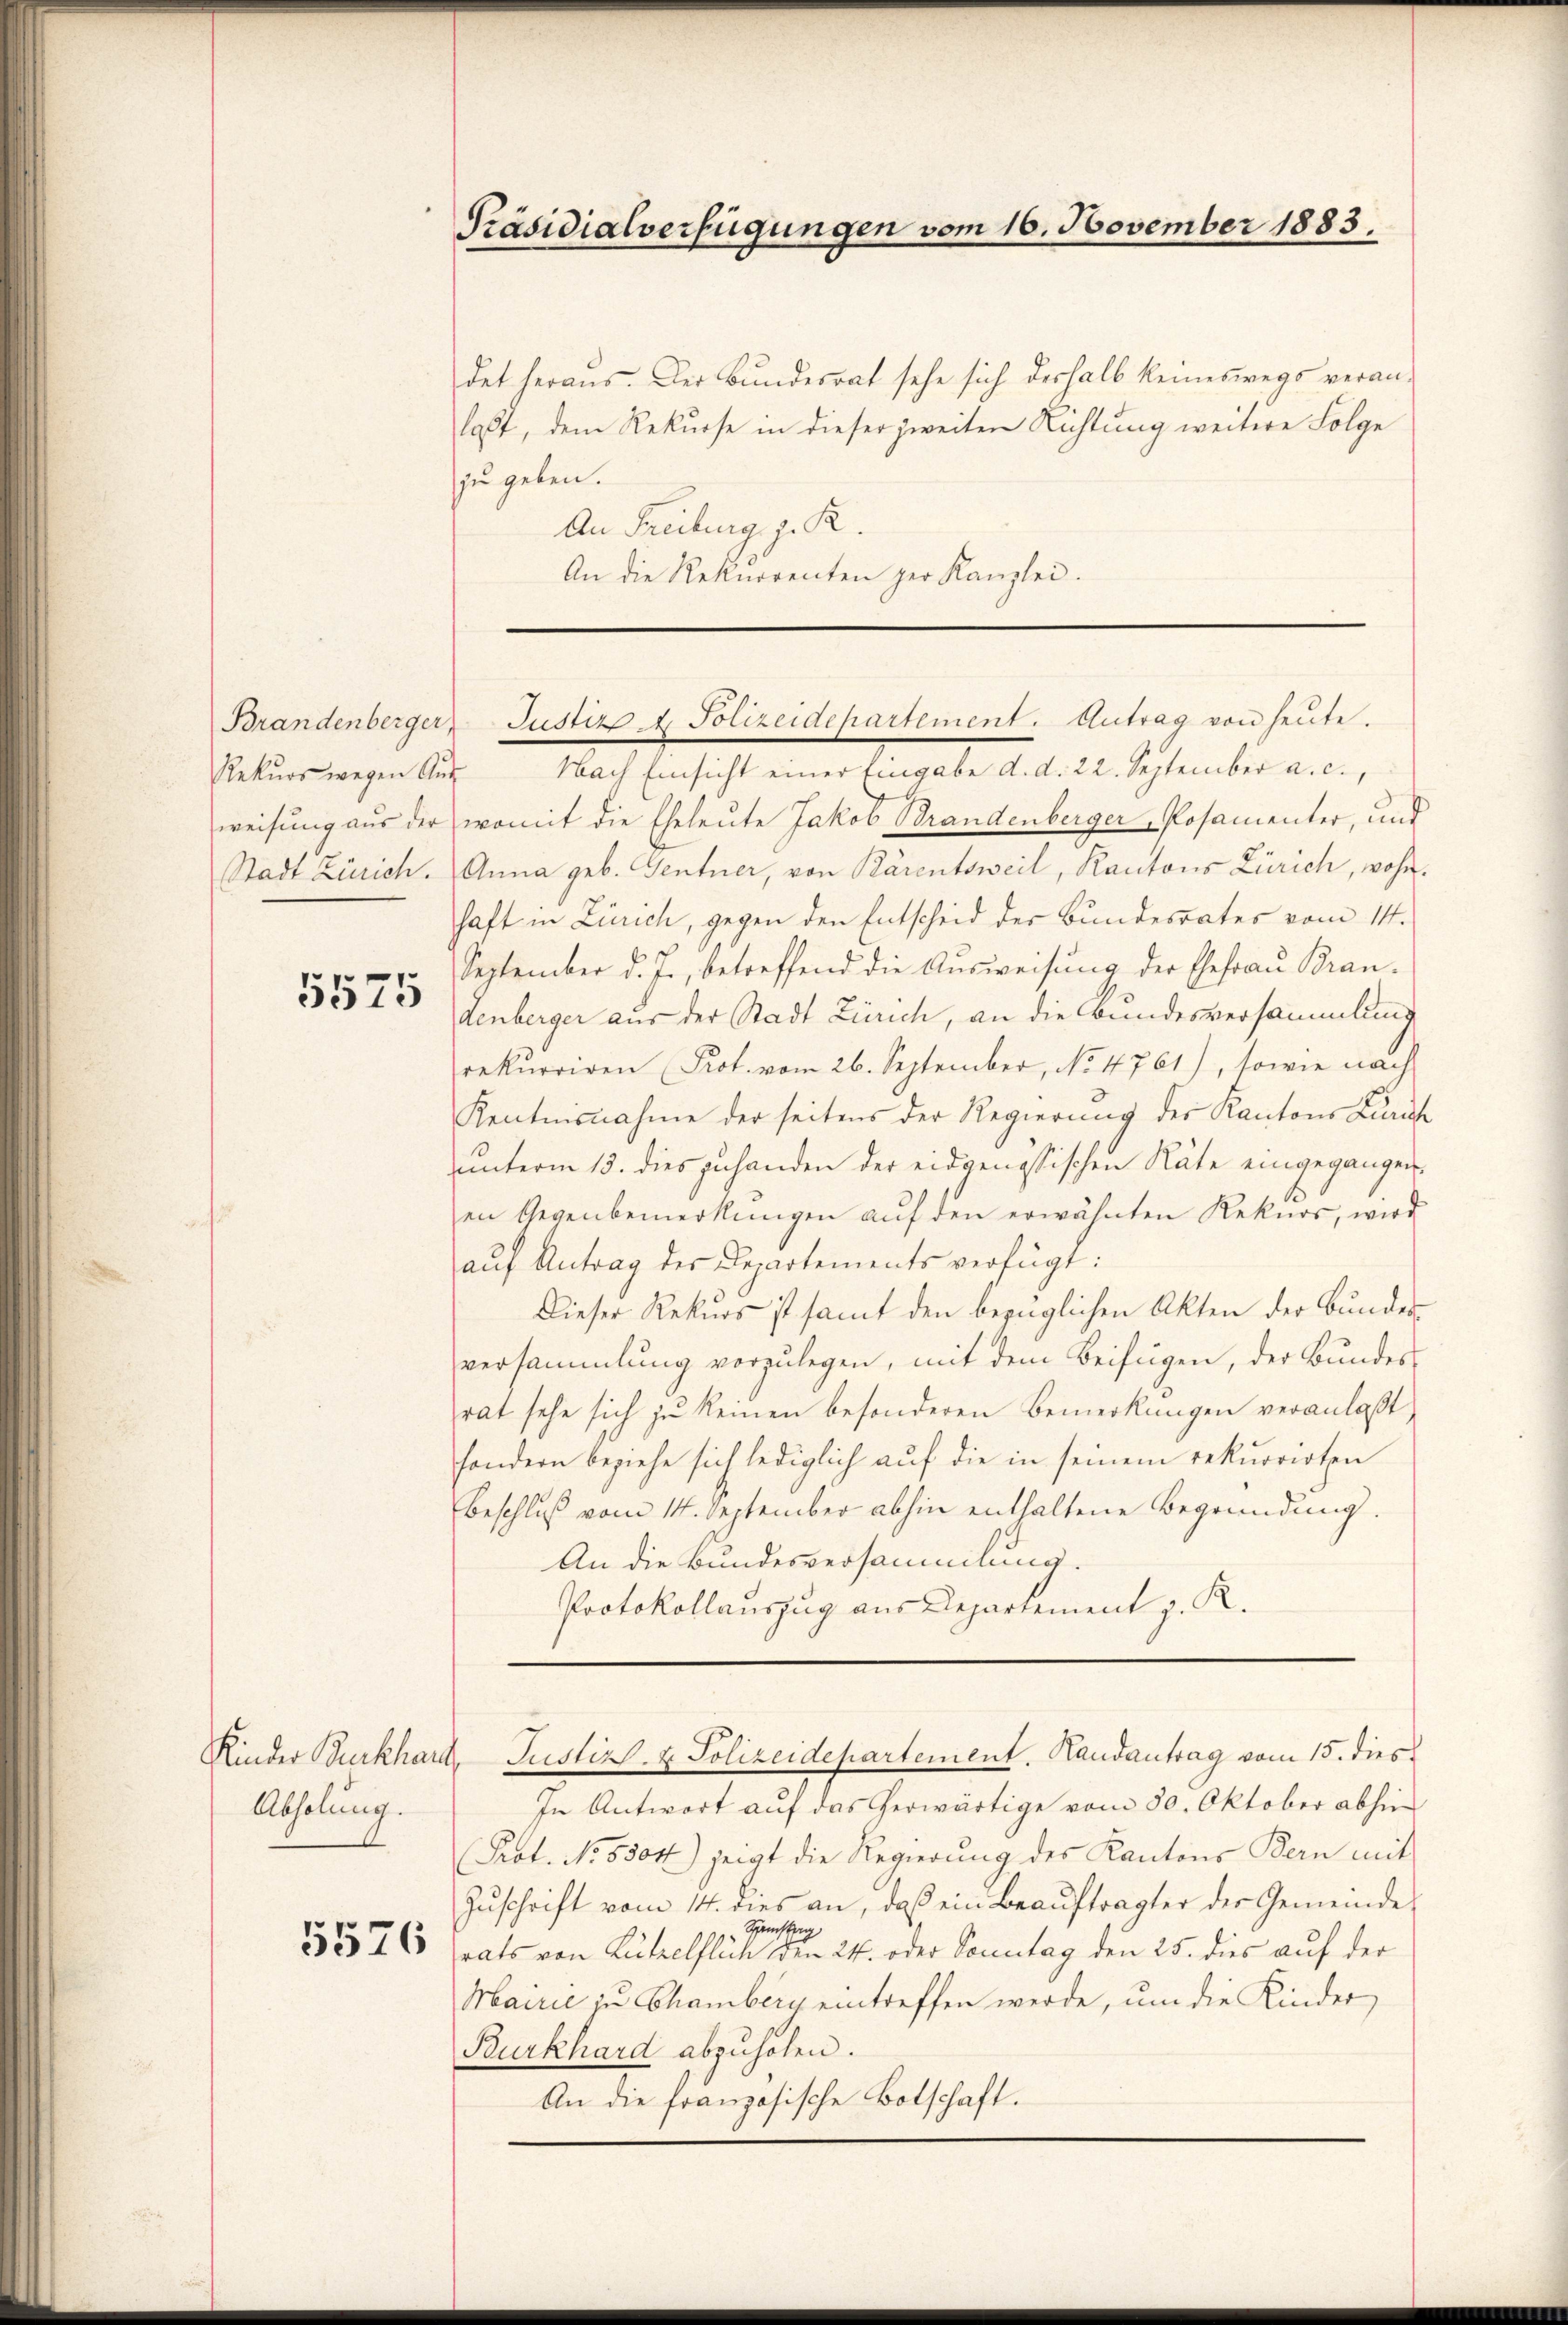
Rekŭrs wegen Aŭs-

5575

Kinder Burkhard,
Abholung.
5576

Präsidialverfügungen vom 16. November 1883.

det heraus. Der Bundesrat sehe sich deshalb keineswegs veranlaßt, dem Rekurse in dieser zweiten Richtung weitere Folge
zu geben.
An Freiburg z. R.
An die Rekurrenten der Kanzlei.

Nach Einsicht einer Eingabe d. d. 22. September a. c.,
weisung aus der womit die Eheleute Jakob Brandenberger, Posamenter, und
Stadt Zürich. Anna geb. Gentner, von Bärentsweil, Kantons Zürich, wohnhaft in Zürich, gegen den Entscheid der Bundesrates vom 14.
September d. J., betreffend die Ausweisung der Ehefrau Brandenberger aus der Stadt Zürich, an die Bundesversammlung
rekurriren Prot. vom 26. September, No 4761), sowie nach
Kentensnahme der seitens der Regierung des Kantons Zürich
unterm 13. dies zuhanden der eidgenössischen Räte eingegangen
en Gegenbemerkŭngen aŭf den erwähnten Rekurs, wird
aŭf Antrag des Departements verfügt:
Dieser Rekurs ist samt den bezüglichen Akten der Bundes-
versammlung vorzulegen, mit dem Beifügen, der Bundesrat sehe sich zu keinen besonderen Bemerkungen veranlaßt,
sondern beziehe sich lediglich aŭf die in seinem rekurrirten
Beschluß vom 14. September abhin enthaltene Begründung.
An die Bundesversammlung.
Protokollauszug aus Departement z. R.

Brandenberger Justiz & Polizeidepartement. Antrag von heute.

In Antwort auf das herwärtige vom 30. Oktober abhin
Prot. No 5504) zeigt die Regierung des Kantons Bern mit
Zŭschrift vom 14. dies an, daß ein Beaŭftragter der Gemeinde
Spenstag
rats von Lützelflich den 24. oder Sonntag den 25. dies auf der
Mairie zu Chamberg eintreffen werde, um die Kinder
Burkhard abzuholen.
An die französische Botschaft.

Justiz- & Polizeidepartement. Handantrag vom 15. dies